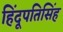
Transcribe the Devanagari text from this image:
हिंदूपतिसिंह